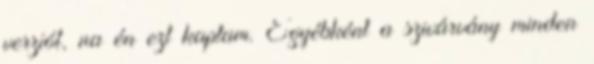
verziót, na én ezt kaptam. Egyébként a szivárvány minden